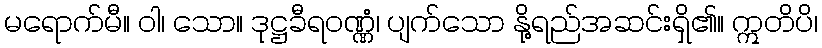
မရောက်မီ။ ဝါ၊ သော။ ဒုဋ္ဌခီရဝဏ္ဏံ၊ ပျက်သော နို့ရည်အဆင်းရှိ၏။ ဣတိပိ၊